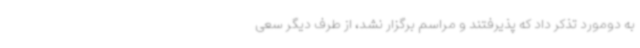
به دومورد تذکر داد که پذیرفتند و مراسم برگزار نشد، از طرف دیگر سعی